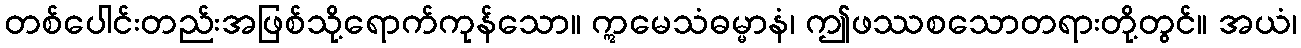
တစ်ပေါင်းတည်းအဖြစ်သို့ရောက်ကုန်သော။ ဣမေသံဓမ္မာနံ၊ ဤဖဿစသောတရားတို့တွင်။ အယံ၊